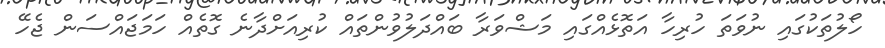
ހޯލުތަކުގައި ނުވަތަ ހުރިހާ އަތޮޅެއްގައި މަޝްވަރާ ބައްދަލުވުންތައް ކުރިއަށްދާނެ ގޮތެއް ހަމަޖައްސަން ޖެހޭ